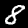
Digit: 8